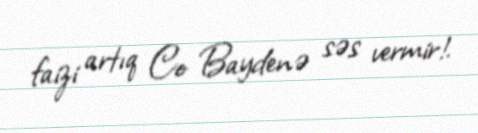
faizi artıq Co Baydenə səs vermir!.